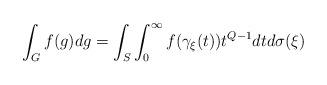
LaTeX: \begin{align*} \int_{G}f(g)dg=\int_S\int_0^\infty f(\gamma_\xi(t))t^{Q-1}dtd\sigma(\xi)\end{align*}